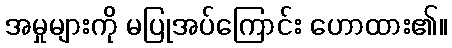
အမှုများကို မပြုအပ်ကြောင်း ဟောထား၏။